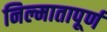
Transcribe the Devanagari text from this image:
निल्मातापूर्ण